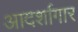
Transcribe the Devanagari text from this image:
आदर्शागार